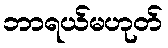
ဘာရယ်မဟုတ်